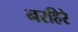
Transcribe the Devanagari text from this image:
नरहिरे